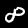
Label: 8